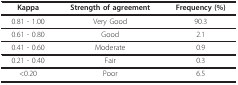
| Kappa | Strength of agreement | Frequency (%) |
 | --- | --- | --- |
 | 0.81 - 1.00 | Very Good | 90.3 |
 | 0.61 - 0.80 | Good | 2.1 |
 | 0.41 - 0.60 | Moderate | 0.9 |
 | 0.21 - 0.40 | Fair | 0.3 |
 | <0.20 | Poor | 6.5 |